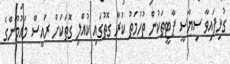
ގުޅިފައިވާ ސިޔާސީ ޕާޓީތަކުން ތުހުމަތު ކުރާ ގޮތުގައި ކުއްލި ގޮތަކަށް ރައީސް މައުމޫންގެ